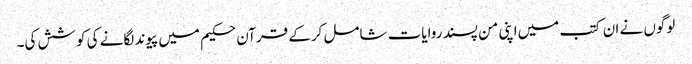
لوگوں نے ان کتب میں‌اپنی من پسند روایات شامل کرکے قرآن حکیم میں پیوند لگانے کی کوشش کی۔